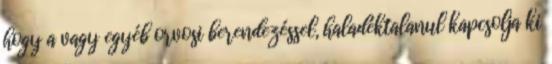
hogy a vagy egyéb orvosi berendezéssel, haladéktalanul kapcsolja ki